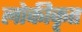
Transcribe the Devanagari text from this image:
लोकीकृत